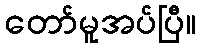
တော်မူအပ်ပြီ။